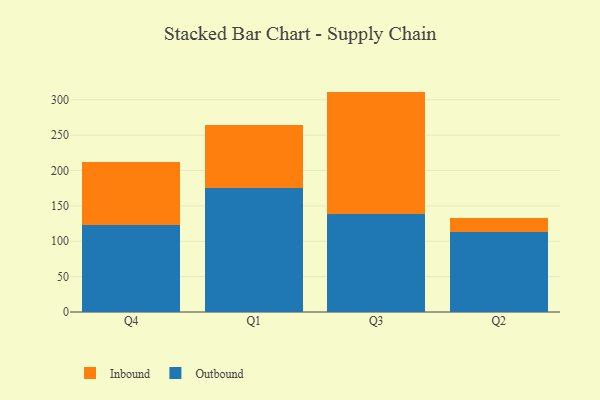
{"axis": {"x": "Quarter", "y": "Humidity (%)"}, "legend": ["Inbound", "Outbound"], "data": [{"x": "Q4", "y": 123.3, "type": "Outbound"}, {"x": "Q4", "y": 88.4, "type": "Inbound"}, {"x": "Q1", "y": 174.9, "type": "Outbound"}, {"x": "Q1", "y": 89.5, "type": "Inbound"}, {"x": "Q3", "y": 138.2, "type": "Outbound"}, {"x": "Q3", "y": 173.3, "type": "Inbound"}, {"x": "Q2", "y": 113.4, "type": "Outbound"}, {"x": "Q2", "y": 20.0, "type": "Inbound"}]}